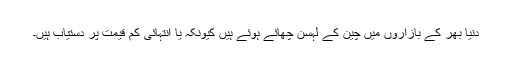
دنیا بھر کے بازاروں میں چین کے لہسن چھائے ہوئے ہیں کیونکہ یا انتہائی کم قیمت پر دستیاب ہیں۔